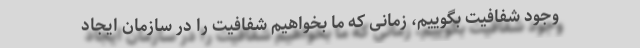
وجود شفافیت بگوییم، زمانی که ما بخواهیم شفافیت را در سازمان ایجاد